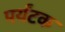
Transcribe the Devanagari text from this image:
पर्यंटक